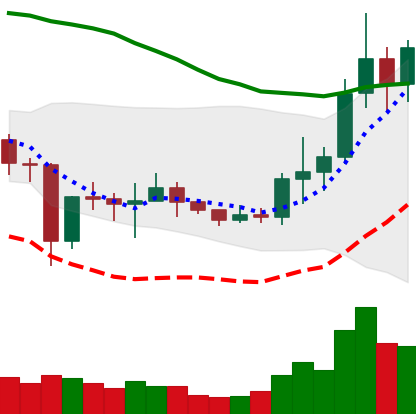
Ticker: NEO-USD
Chart end date: 2021-01-09
Forward return: 7.952%
Label: up_7plus